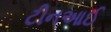
ટીનઆઈ